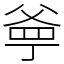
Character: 㸘